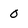
Character: 0